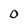
Character: 0